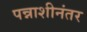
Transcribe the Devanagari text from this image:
पन्नाशीनंतर